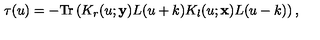
\tau ( u ) = - \mathrm { T r } \left( K _ { r } ( u ; { \bf y } ) L ( u + k ) K _ { l } ( u ; { \bf x } ) L ( u - k ) \right) ,